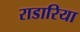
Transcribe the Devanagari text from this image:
राडारिया